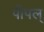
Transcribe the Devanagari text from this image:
पीपल्